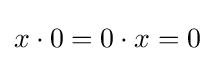
x\cdot 0=0\cdot x=0